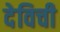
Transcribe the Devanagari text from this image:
देविची